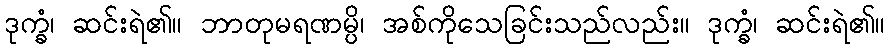
ဒုက္ခံ၊ ဆင်းရဲ၏။ ဘာတုမရဏမ္ပိ၊ အစ်ကိုသေခြင်းသည်လည်း။ ဒုက္ခံ၊ ဆင်းရဲ၏။